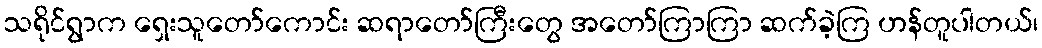
သရိုင်ရွာက ရှေးသူတော်ကောင်း ဆရာတော်ကြီးတွေ အတော်ကြာကြာ ဆက်ခဲ့ကြ ဟန်တူပါတယ်၊